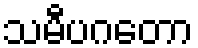
သမီပဂတော